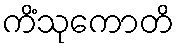
ကိံသုကောတိ